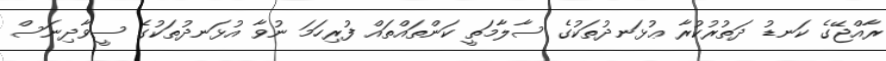
ރާއްޖޭގެ ކަނޑު ދަތުރުކުރާ ޢުޅަނދުތަކުގެ ސާލާމަތީ ކަންތައްތައް ފުރިހަމަ ނުވާ އުޅަނދުތަކުގެ ސީވާދިނަސް